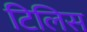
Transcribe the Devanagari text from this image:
टिलिस